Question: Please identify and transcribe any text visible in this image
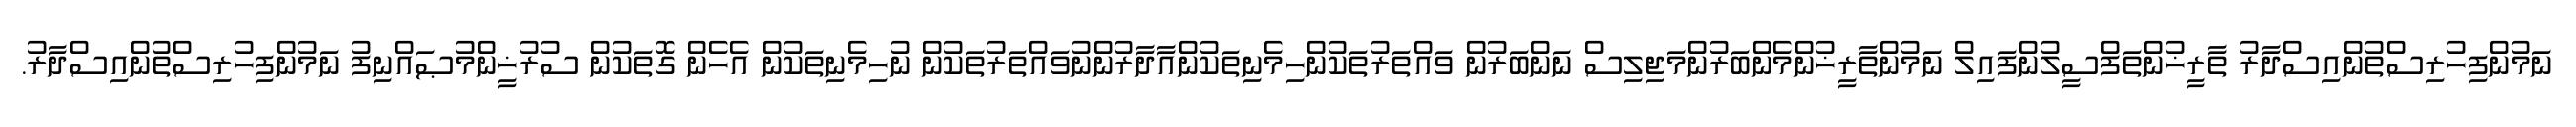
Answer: ނަމުންފިހުރިސްތުންއިސްދާރު ތާރީޚުންތަފްސީލުންފައިލް ނަމުންތާރީޚުންމެންބަރުންމަޖިލިސް ނަންބަރުން ވައްތަރުތަކުންހިމެނިތަކުންއާދާރުންނުވައްތަރުތަކުން ނުހިމެނިތަކުން އެހެން ގޮތަކުން ސުރުޚީންމުޞައްނިފު ނަމުންފިހުރިސްތުންއިސްދާރު.